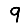
Digit: 9